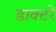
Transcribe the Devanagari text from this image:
डाक्टरे